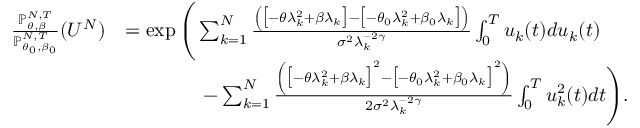
\begin{array} { r l } { \frac { \mathbb P _ { \theta , \beta } ^ { N , T } } { \mathbb P _ { \theta _ { 0 } , \beta _ { 0 } } ^ { N , T } } ( U ^ { N } ) } & { = \exp \Bigg ( \sum _ { k = 1 } ^ { N } \frac { \left( \big [ - \theta \lambda _ { k } ^ { 2 } + \beta \lambda _ { k } \big ] - \big [ - \theta _ { 0 } \lambda _ { k } ^ { 2 } + \beta _ { 0 } \lambda _ { k } \big ] \right) } { \sigma ^ { 2 } \lambda _ { k } ^ { - 2 \gamma } } \int _ { 0 } ^ { T } u _ { k } ( t ) d u _ { k } ( t ) } \\ & { \qquad \qquad - \sum _ { k = 1 } ^ { N } \frac { \left( \big [ - \theta \lambda _ { k } ^ { 2 } + \beta \lambda _ { k } \big ] ^ { 2 } - \big [ - \theta _ { 0 } \lambda _ { k } ^ { 2 } + \beta _ { 0 } \lambda _ { k } \big ] ^ { 2 } \right) } { 2 \sigma ^ { 2 } \lambda _ { k } ^ { - 2 \gamma } } \int _ { 0 } ^ { T } u _ { k } ^ { 2 } ( t ) d t \Bigg ) . } \end{array}